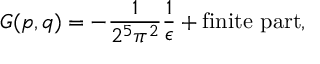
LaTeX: { \cal G } ( p , q ) = - \frac { 1 } { 2 ^ { 5 } \pi ^ { 2 } } \frac { 1 } { \epsilon } + \mathrm { f i n i t e ~ p a r t } ,